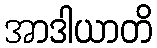
အာဒါယာတိ